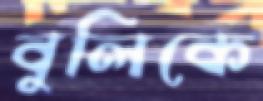
বুলিকে